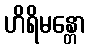
ဟိရိမန္တော